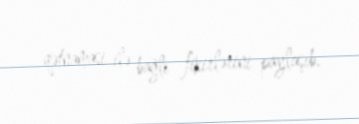
qətnamasi ilə bağlı fikirlərini paylaşıb.